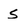
Character: s